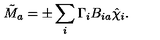
\tilde { M } _ { a } = \pm \sum _ { i } \Gamma _ { i } B _ { i a } \hat { \chi } _ { i } .